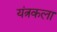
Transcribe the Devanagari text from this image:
यंत्रकला